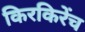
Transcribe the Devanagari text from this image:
किरकिरेंच